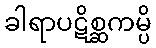
ခါရာပဋိစ္ဆကမ္ပိ